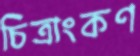
চিত্রাংকণ